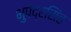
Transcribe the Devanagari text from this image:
भुपेंद्रसिंह